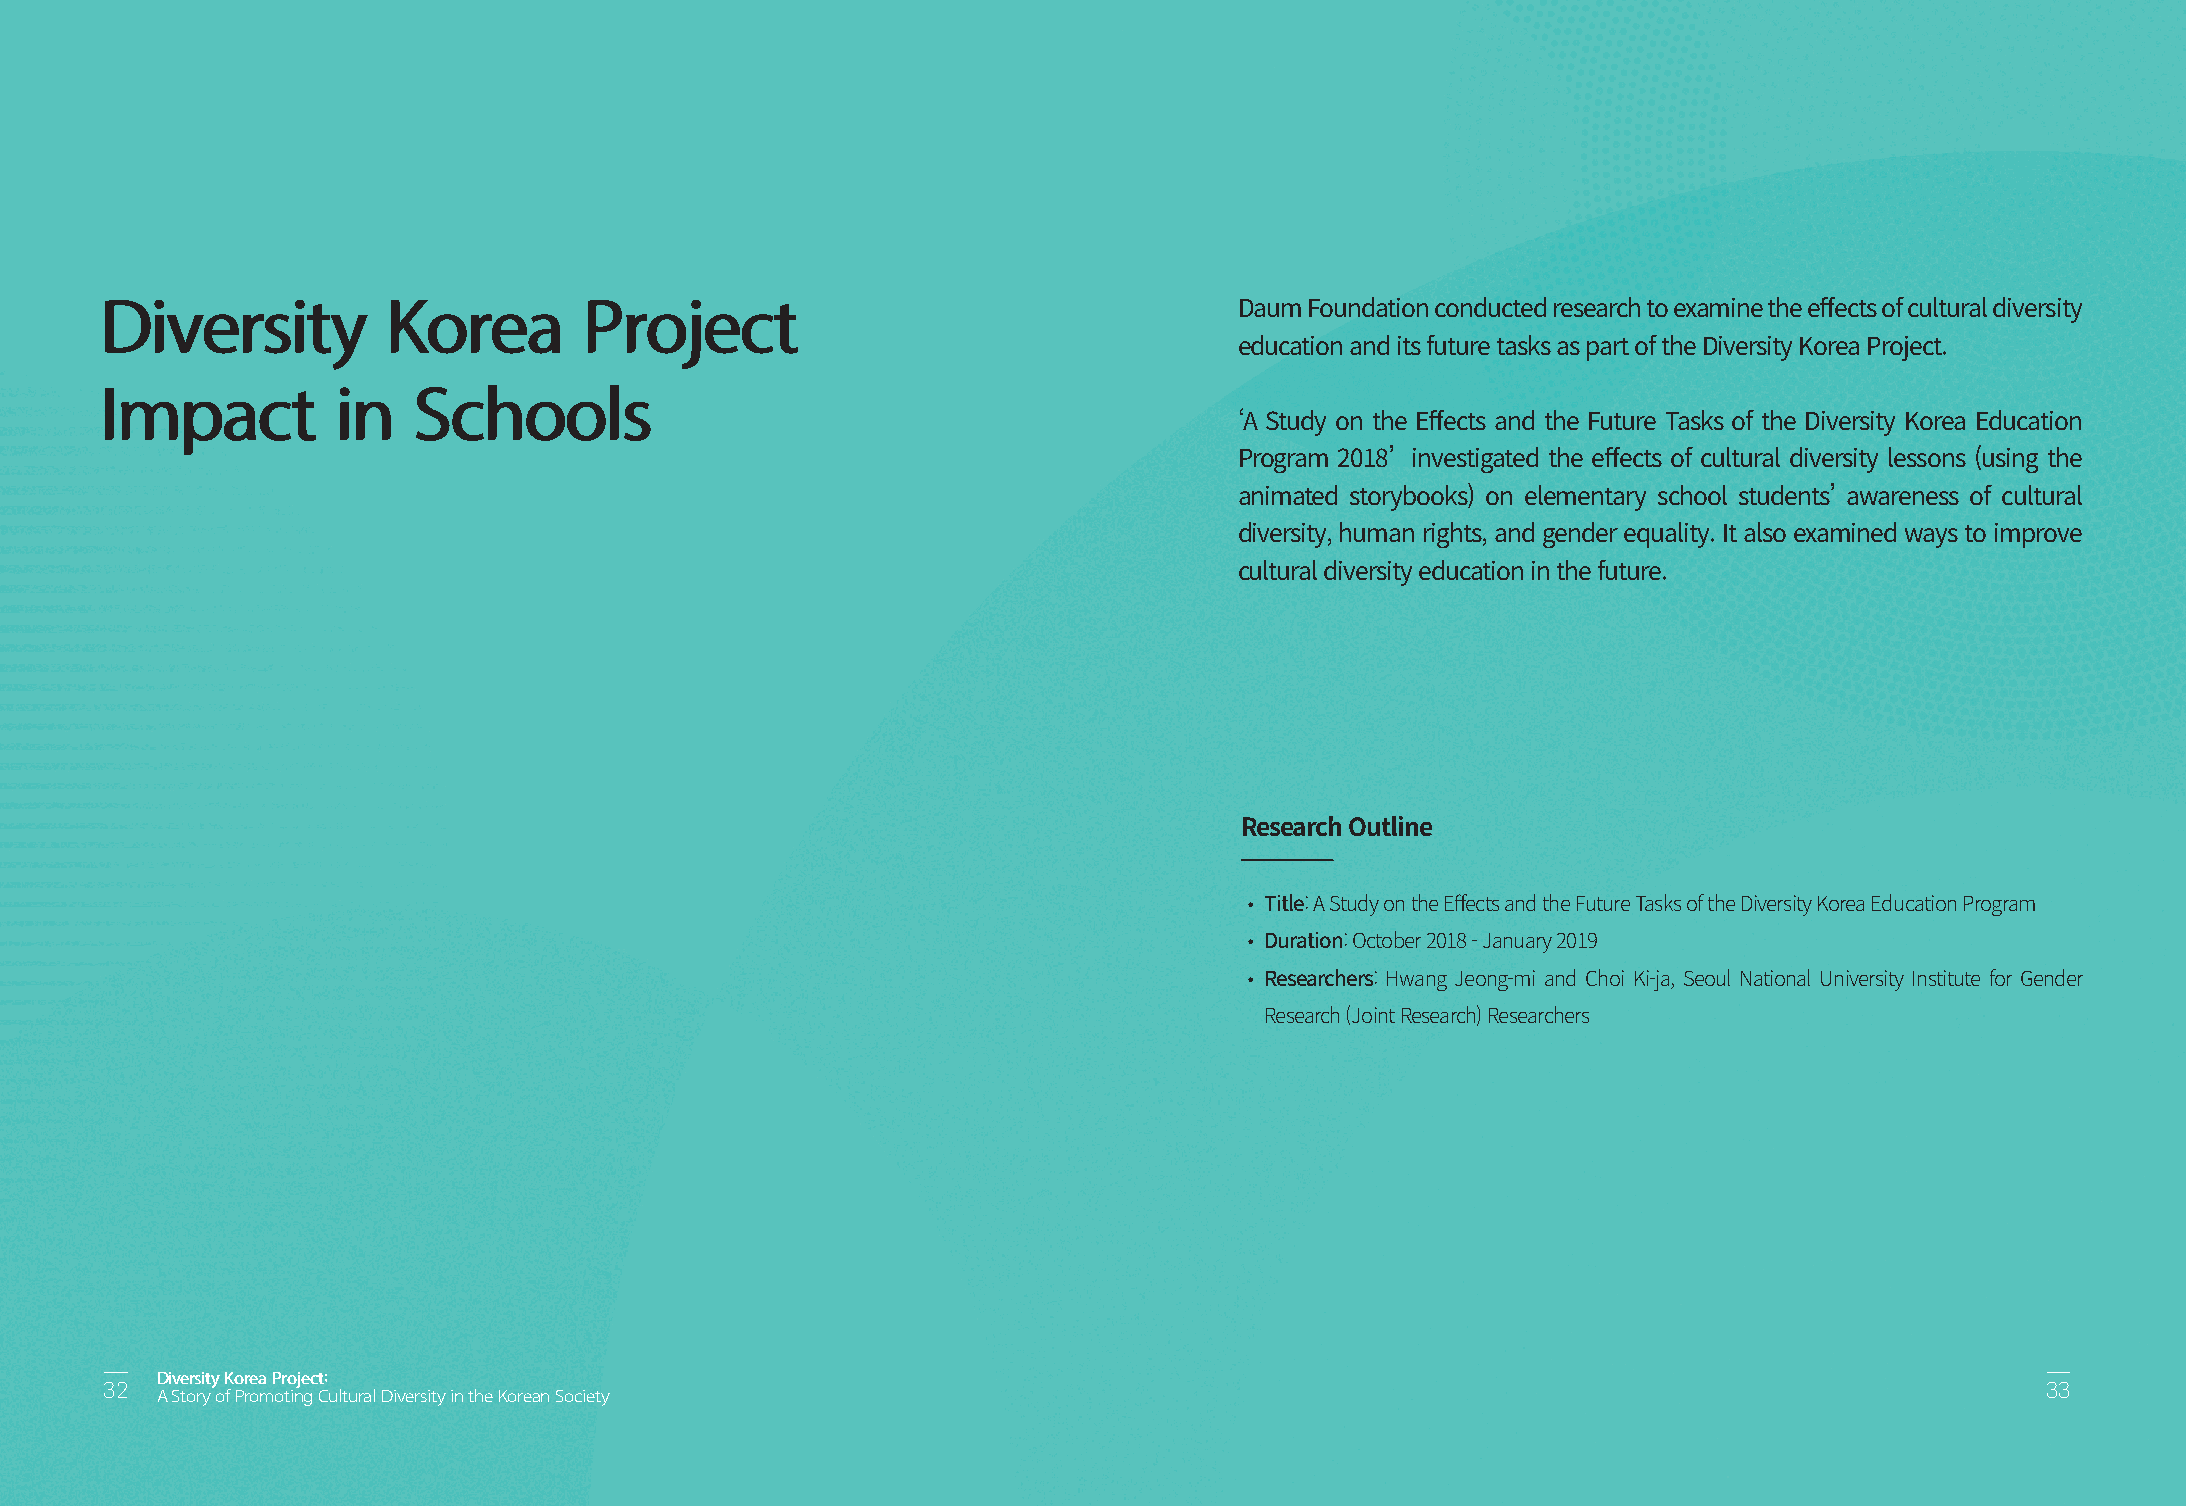
Diversity          Korea        Project
 Daum Foundation conducted research to examine the effects of cultural diversity
 education and its future tasks as part of the Diversity Korea Project.
 Impact         in   Schools
 ‘A Study on the Effects and the Future Tasks of the Diversity Korea Education
 Program 2018’ investigated the effects of cultural diversity lessons (using the
 animated storybooks) on elementary school students’ awareness of cultural
 diversity, human rights, and gender equality. It also examined ways to improve
 cultural diversity education in the future.
 R e s e a r c h Outline
 •
 Title: A Study on the Effects and the Future Tasks of the Diversity Korea Education Program
 •
 Duration: October 2018 - January 2019
 •
 Researchers: Hwang Jeong-mi and Choi Ki-ja, Seoul National University Institute for Gender
 Research (Joint Research) Researchers
 Diversity Korea Project:
 3322                                                                                                                            3333
 A Story of Promoting Cultural Diversity in the Korean Society